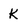
Character: K